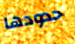
حدودها